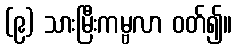
(၉) သားမြီးကမ္ဗလာ ဝတ်၍။